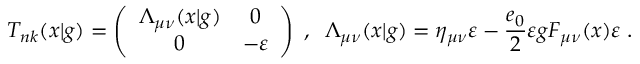
T _ { n k } ( x | g ) = \left( \begin{array} { c c } { { \Lambda _ { \mu \nu } ( x | g ) } } & { { 0 } } \\ { { 0 } } & { { - \varepsilon } } \end{array} \right) \; , \; \; \Lambda _ { \mu \nu } ( x | g ) = \eta _ { \mu \nu } \varepsilon - \frac { e _ { 0 } } { 2 } \varepsilon g F _ { \mu \nu } ( x ) \varepsilon \; .